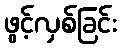
ဖွင့်လှစ်ခြင်း